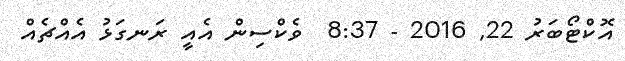
އޮކްޓޯބަރު 22